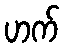
ဟက်